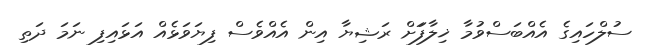
ސުލްހައިގެ އެއްބަސްވުމާ ޚިލާފަަށް ރަޝިޔާ އިން އެއްވެސް ފިޔަވަޅެއް އަޅައިފި ނަމަ ދަތި